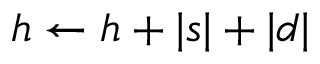
h \leftarrow h + \vert s \vert + \vert d \vert